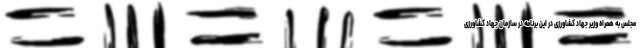
مجلس به همراه وزیر جهاد کشاورزی در این برنامه در سازمان جهاد کشاورزی